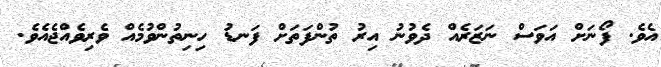
އެވެ. ފޯނަށް އަވަސް ނަޒަރެއް ދެވުނު އިރު ތުންފަތަށް ފަނޑު ހިނިތުންވުމެއް ވެރިވެއްޖެއެވެ.